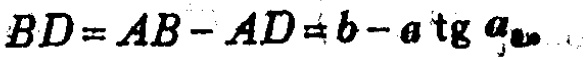
\(BD = AB - AD = b - a\operatorname{tg}\alpha\)